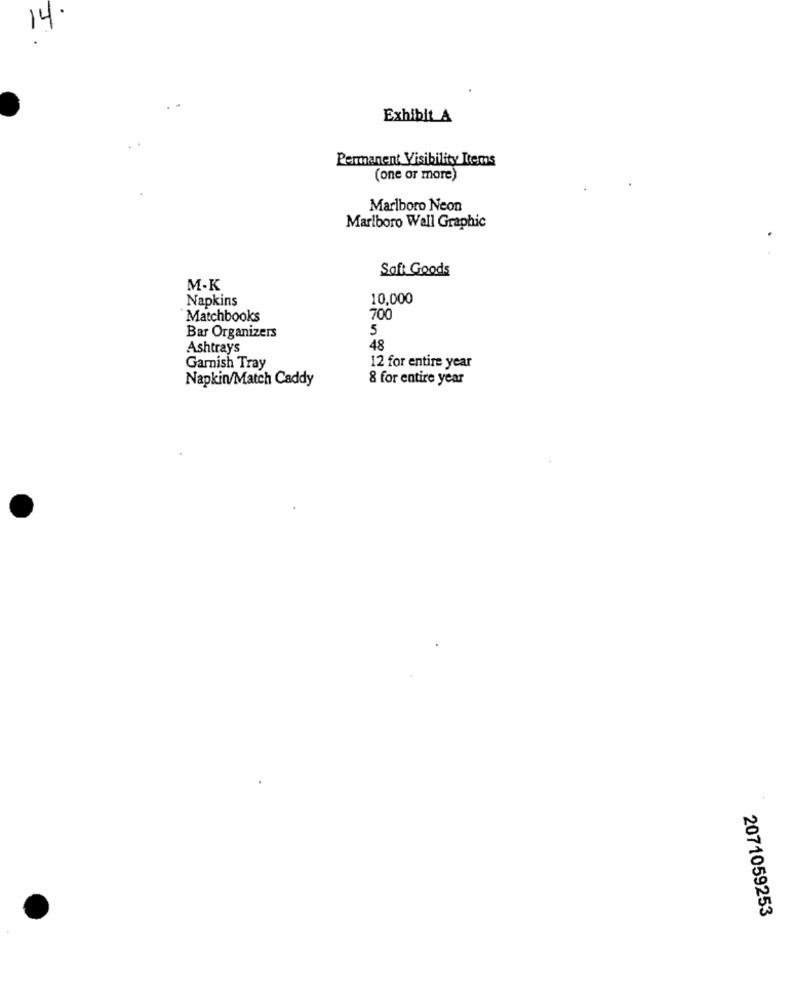
14.
Exhibit A
Permanent Visibility Items
(one or more)
Marlboro Neon
Marlboro Wall Graphic
Soft Goods
M.K
Napkins
10,000
Matchbooks
700
Bar Organizers
5
Ashtrays
48
Garnish Tray
12 for entire year
Napkin/Match Caddy
8 for entire year
2071059253